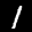
Label: 1